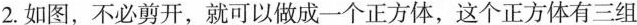
2.如图，不必剪开，就可以做成一个正方体，这个正方体有三组